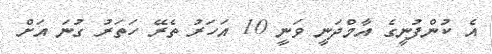
އެ ކުންފުނީގެ އާމްދަނީ ވަނީ 10 އަހަރު ތެރޭ ހަތަރު ގުނަ އަށް